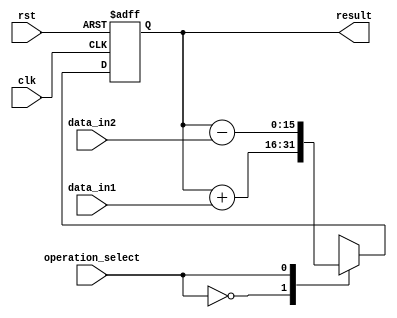
module accumulator (
    input wire clk,
    input wire rst,
    input wire [7:0] data_in1,
    input wire [7:0] data_in2,
    input wire operation_select,
    output reg [15:0] result
);

reg [15:0] accumulator_reg;

always @ (posedge clk or posedge rst) begin
    if (rst) begin
        accumulator_reg <= 16'h0000;
    end else begin
        case(operation_select)
            2'b00: accumulator_reg <= accumulator_reg + data_in1; // addition
            2'b01: accumulator_reg <= accumulator_reg - data_in2; // subtraction
            2'b10: accumulator_reg <= accumulator_reg * data_in1; // multiplication
            2'b11: accumulator_reg <= accumulator_reg / data_in2; // division
        endcase
    end
end

assign result = accumulator_reg;

endmodule